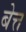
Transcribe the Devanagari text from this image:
बेत्त